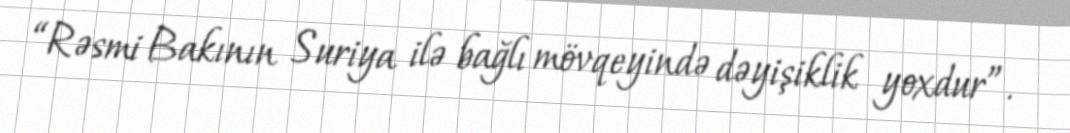
“Rəsmi Bakının Suriya ilə bağlı mövqeyində dəyişiklik yoxdur”.